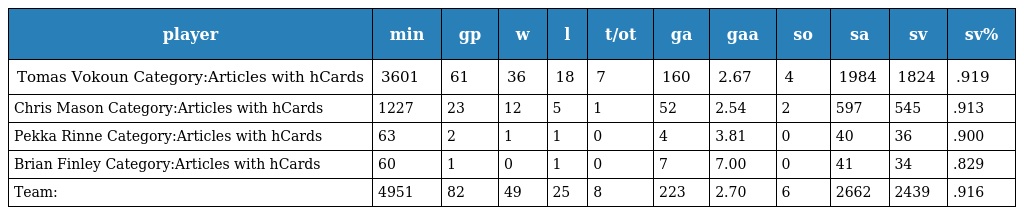
| player | min | gp | w | l | t/ot | ga | gaa | so | sa | sv | sv% |
 | --- | --- | --- | --- | --- | --- | --- | --- | --- | --- | --- | --- |
 | Tomas Vokoun Category:Articles with hCards | 3601 | 61 | 36 | 18 | 7 | 160 | 2.67 | 4 | 1984 | 1824 | .919 |
 | Chris Mason Category:Articles with hCards | 1227 | 23 | 12 | 5 | 1 | 52 | 2.54 | 2 | 597 | 545 | .913 |
 | Pekka Rinne Category:Articles with hCards | 63 | 2 | 1 | 1 | 0 | 4 | 3.81 | 0 | 40 | 36 | .900 |
 | Brian Finley Category:Articles with hCards | 60 | 1 | 0 | 1 | 0 | 7 | 7.00 | 0 | 41 | 34 | .829 |
 | Team: | 4951 | 82 | 49 | 25 | 8 | 223 | 2.70 | 6 | 2662 | 2439 | .916 |